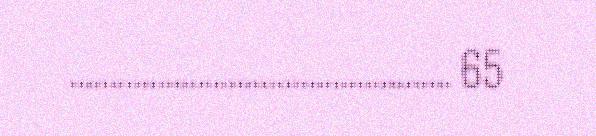
................................................ 65